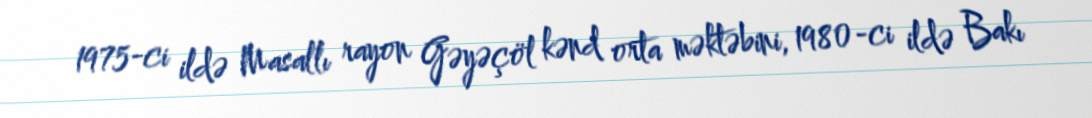
1975-ci ildə Masallı rayon Gəyəçöl kənd orta məktəbini, 1980-ci ildə Bakı